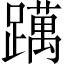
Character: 𨆣